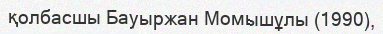
қолбасшы Бауыржан Момышұлы (1990),